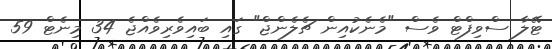
ޓޭލާ ސްވިފްޓް ވެސް "މެނެކުއިން ޗެލެންޖް" ގައި ބައިވެރިވެއްޖެ 34 މިނެޓް 59